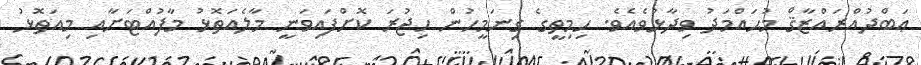
ޢަބްދުއްރައްޒާޤް މުޙައްމަދު ވިދާޅުވެއެވެ. ހިމިތީގެ ގިނަމީހުން ހިޖުރަ ކޮށްފައިވަނީ މާލެއަތޮޅު މާފުއްޓަށާއި މިއަތޮޅު